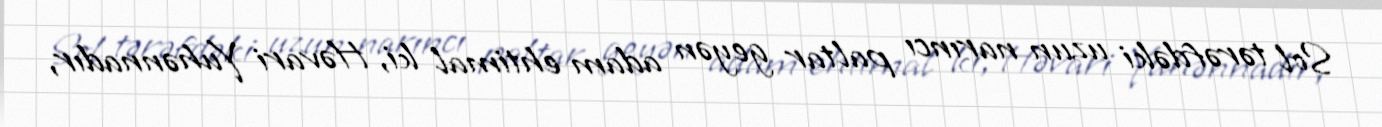
Sol tərəfdəki uzun narıncı paltar geyən adam ehtimal ki, Həvari Yuhənnadır,